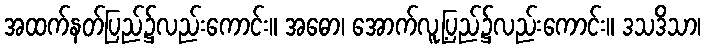
အထက်နတ်ပြည်၌လည်းကောင်း။ အဓော၊ အောက်လူ့ပြည်၌လည်းကောင်း။ ဒသဒိသာ၊